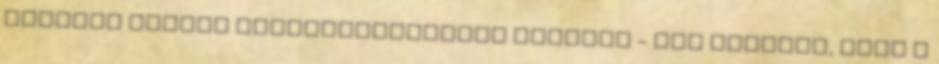
illetve később Egyházasrádóctól északra - jól látható, hogy a